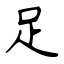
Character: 足